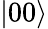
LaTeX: \left|00\right\rangle